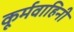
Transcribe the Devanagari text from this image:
कूर्मवाहिनी